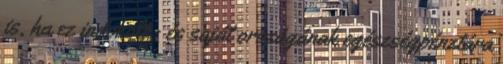
is, ha ez indokolt - és saját országának egészségpénztára